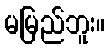
မမြည်ဘူး။